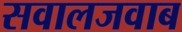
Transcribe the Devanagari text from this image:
सवालजवाब